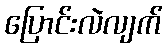
ပြောင်းလဲလျက်